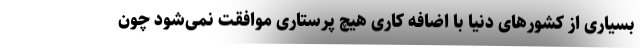
بسیاری از کشورهای دنیا با اضافه کاری هیچ پرستاری موافقت نمی‌شود چون